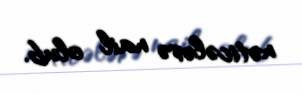
nəticələrə nail olub.